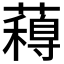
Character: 𮒋